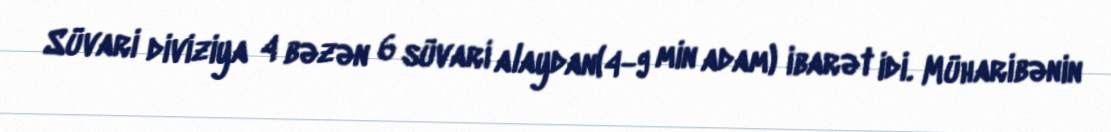
Süvari diviziya 4 bəzən 6 süvari alaydan(4-9 min adam) ibarət idi. Müharibənin